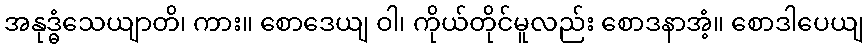
အနုဒ္ဓံသေယျာတိ၊ ကား။ စောဒေယျ ဝါ၊ ကိုယ်တိုင်မူလည်း စောဒနာအံ့။ စောဒါပေယျ